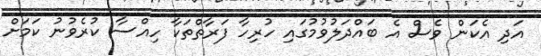
އަދި އެކަން ވެސް އެ ބައްދަލުވުމުގައި ހުރިހާ ފަރާތްތަކާ ހިއްސާ ކުރެވުނު ކަމަށް